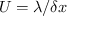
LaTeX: U = \lambda / \delta x